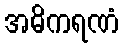
အဓိကရဏံ